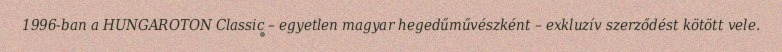
1996-ban a HUNGAROTON Classic – egyetlen magyar hegedűművészként – exkluzív szerződést kötött vele.